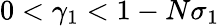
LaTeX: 0<\gamma_{1}<1-N\sigma_{1}